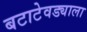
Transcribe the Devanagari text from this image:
बटाटेवड्याला